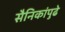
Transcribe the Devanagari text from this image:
सैनिकांपुढे